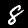
Label: 8